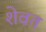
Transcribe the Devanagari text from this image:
शेवत